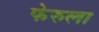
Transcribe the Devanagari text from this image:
फेरुला